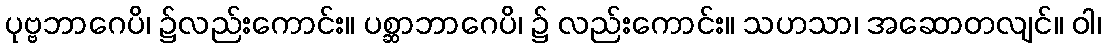
ပုဗ္ဗဘာဂေပိ၊ ၌လည်းကောင်း။ ပစ္ဆာဘာဂေပိ၊ ၌ လည်းကောင်း။ သဟသာ၊ အဆောတလျင်။ ဝါ၊